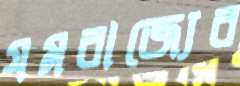
যমরাজ্যের